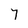
Character: 7